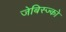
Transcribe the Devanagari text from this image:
जेबिस्ज्को